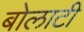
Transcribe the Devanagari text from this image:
बोलाटी